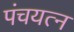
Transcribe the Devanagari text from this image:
पंचयत्‍न